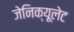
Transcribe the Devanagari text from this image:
जेनिक्यूलेट